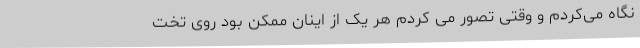
نگاه می‌کردم و وقتی تصور می کردم هر یک از اینان ممکن بود روی تخت